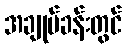
အချုပ်ခန်းတွင်